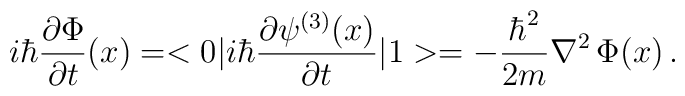
i\hbar {\partial\Phi \over \partial t} (x)= < 0 | i\hbar {\partial\psi^{(3)}(x) \over \partial t} |1 >= - {\hbar^2  \over 2m} \nabla ^2 \, \Phi(x)\,.